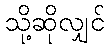
သို့ဆိုလျှင်